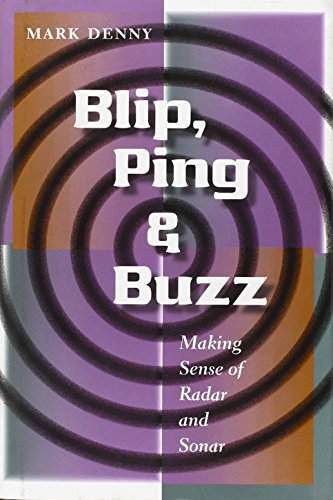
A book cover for Blip, Ping, and Buzz: Making Sense of Radar and Sonar; Mark Denny; Science & Math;